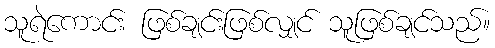
သူရဲကောင်း ဖြစ်ချင်းဖြစ်လျှင် သူဖြစ်ချင်သည်။